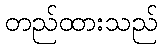
တည်ထားသည်